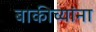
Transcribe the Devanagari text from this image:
बाकीच्यांना